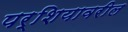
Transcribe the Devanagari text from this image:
पर्शियावरील